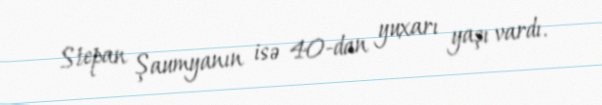
Stepan Şaumyanın isə 40-dan yuxarı yaşı vardı.